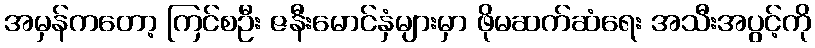
အမှန်ကတော့ ကြင်စဦး ဇနီးမောင်နှံများမှာ ဖိုမဆက်ဆံရေး အသီးအပွင့်ကို